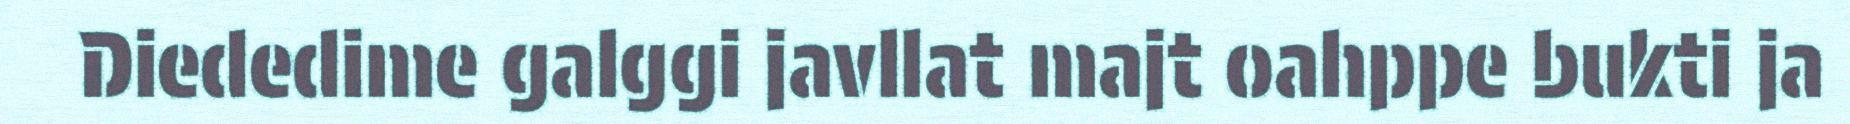
Diededime galggi javllat majt oahppe bukti ja